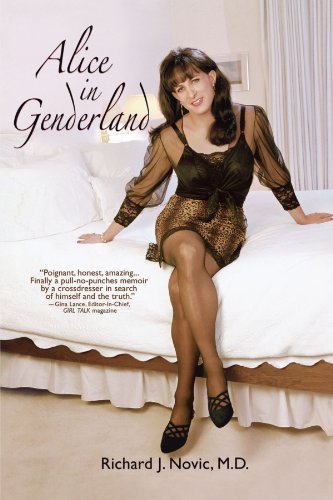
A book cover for Alice in Genderland: A Crossdresser Comes of Age; Richard Novic M.D.; Gay & Lesbian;